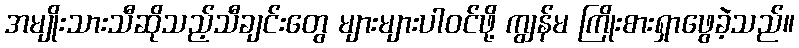
အမျိုးသားသီဆိုသည့်သီချင်းတွေ များများပါဝင်ဖို့ ကျွန်မ ကြိုးစားရှာဖွေခဲ့သည်။